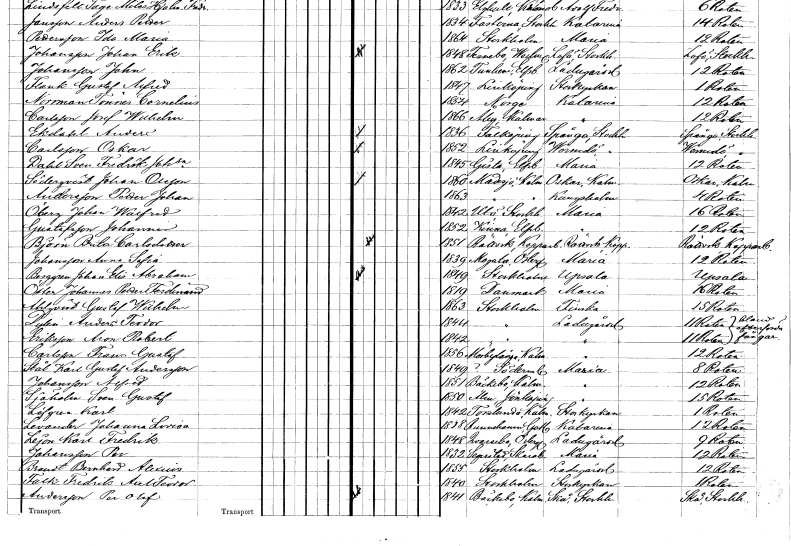
gt_parse: households: individuals: FN: Anders
EN: Ekdahl
KON: M
CIV: O
FODAR: 1836
FODFORS: Falköping Skaraborgs län
FN: Oskar
EN: Carlsson
KON: M
CIV: O
FODAR: 1852
FODFORS: Linköping Östergötlands län
FN: Sven Fredrik
EN: Dahl Johansson
KON: M
CIV: U
FODAR: 1845
FODFORS: Gestad Älvsborgs län
FN: Johan
EN: Söderqvist Olsson
KON: M
CIV: O
FODAR: 1860
FODFORS: Madesjö Kalmar län
FN: Petter Johan
EN: Andersson
KON: M
CIV: U
FODAR: 1863
FODFORS: Madesjö Kalmar län
FN: Johan Walfrid
EN: Öberg
KON: M
CIV: U
FODAR: 1842
FODFORS: Utö Stockholms län
FN: Johannes
EN: Gustafsson
KON: M
CIV: U
FODAR: 1852
FODFORS: Kinna Älvsborgs län
FN: Brita
EN: Björn Carlsdotter
KON: K
CIV: U
FODAR: 1851
FODFORS: Rättvik Kopparbergs län
FN: Anna Sofia
EN: Johansson
KON: K
CIV: U
FODAR: 1839
FODFORS: Mogata Östergötlands län
FN: Johan Elis Abraham
EN: Berggren
KON: M
CIV: U
FODAR: 1849
FODFORS: Stockholm
FN: Johannes Petter Ferdinand
EN: Öster
KON: M
CIV: U
FODAR: 1819
FN: Gustaf Wilhelm
EN: Ahlqvist
KON: M
CIV: U
FODAR: 1863
FODFORS: Stockholm
FN: Anders Teodor
EN: Dylin
KON: M
CIV: U
FODAR: 1844
FODFORS: Stockholm
FN: Aron Robert
EN: Eriksson
KON: M
CIV: U
FODAR: 1842
FODFORS: Stockholm
FN: Frans Gustaf
EN: Carlsson
KON: M
CIV: U
FODAR: 1856
FODFORS: Mörbylånga Kalmar län
FN: Karl Gustaf
EN: Stål Andersson
KON: M
CIV: U
FODAR: 1849
FN: Alfred
EN: Johansson
KON: M
CIV: U
FODAR: 1851
FODFORS: Bäckebo Kalmar län
FN: Sven Gustaf
EN: Sjöholm
KON: M
CIV: U
FODAR: 1850
FODFORS: Ålem Kalmar län
FN: Karl
EN: Löfgren
KON: M
CIV: U
FODAR: 1842
FODFORS: Torslunda Kalmar län
FN: Johanna Lovisa
EN: Levander
KON: K
CIV: U
FODAR: 1818
FODFORS: Rone Gotlands län
FN: Karl Fredrik
EN: Lejon
KON: M
CIV: U
FODAR: 1848
FODFORS: Kvarsebo Östergötlands län
FN: Per
EN: Johansson
KON: M
CIV: U
FODAR: 1832
FODFORS: Segerstad Skaraborgs län
FN: Bernhard Alexius
KON: M
CIV: U
FODAR: 1855
FODFORS: Stockholm
FN: Fredrik Axel Teodor
EN: Falk
KON: M
CIV: U
FODAR: 1840
FODFORS: Stockholm
FN: Per Olof
EN: Andersson
KON: M
CIV: O
FODAR: 1841
FODFORS: Bäckebo Kalmar län